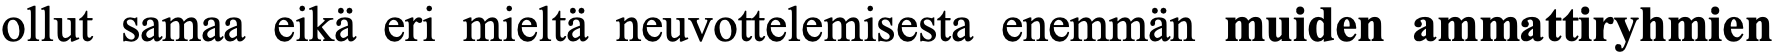
ollut samaa eikä eri mieltä neuvottelemisesta enemmän muiden ammattiryhmien